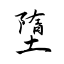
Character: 墮